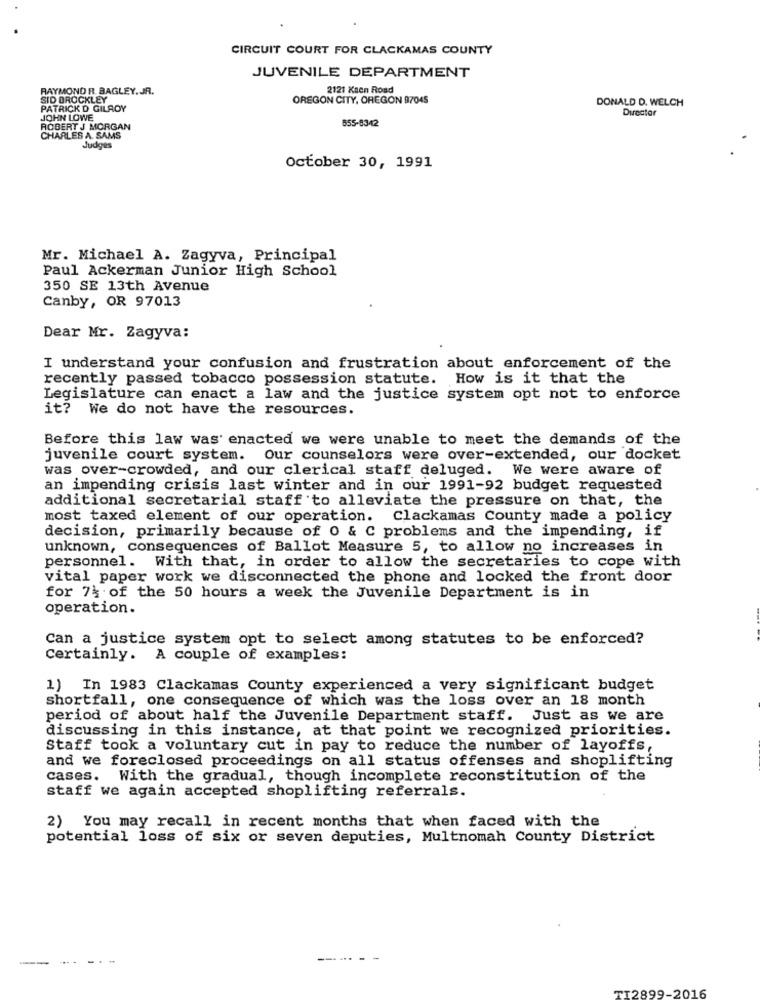
CIRCUIT COURT FOR CLACKAMAS COUNTY
JUVENILE DEPARTMENT
RAYMOND R. BAGLEY. JR.
2121 Kaen Road
SID BROCKLEY
OREGON CITY, OREGON 87045
DONALD D. WELCH
PATRICK D GILROY
Director
JOHN LOWE
655-8342
ROBERT J MORGAN
CHARLES A. SAMS
Judges
October 30, 1991
Mr. Michael A. Zagyva, Principal
Paul Ackerman Junior High School
350 SE 13th Avenue
Canby, OR 97013
Dear Mr. Zagyva:
I understand your confusion and frustration about enforcement of the
recently passed tobacco possession statute. How is it that the
Legislature can enact a law and the justice system opt not to enforce
it? We do not have the resources.
Before this law was enacted we were unable to meet the demands of the
juvenile court system. Our counselors were over-extended, our docket
was over-crowded, and our clerical staff deluged. We were aware of
an impending crisis last winter and in our 1991-92 budget requested
additional secretarial staff to alleviate the pressure on that, the
most taxed element of our operation. Clackamas County made a policy
decision, primarily because of 0 & C problems and the impending, if
unknown, consequences of Ballot Measure 5, to allow no increases in
personnel. With that, in order to allow the secretaries to cope with
vital paper work we disconnected the phone and locked the front door
for 7% of the 50 hours a week the Juvenile Department is in
operation.
Can a justice system opt to select among statutes to be enforced?
Certainly. A couple of examples:
1) In 1983 Clackamas County experienced a very significant budget
shortfall, one consequence of which was the loss over an 18 month
period of about half the Juvenile Department staff. Just as we are
discussing in this instance, at that point we recognized priorities.
Staff took a voluntary cut in pay to reduce the number of layoffs,
and we foreclosed proceedings on all status offenses and shoplifting
cases. With the gradual, though incomplete reconstitution of the
staff we again accepted shoplifting referrals.
2) You may recall in recent months that when faced with the
potential loss of six or seven deputies, Multnomah County District
--
. ..
TI2899-2016